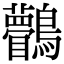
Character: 𪈆